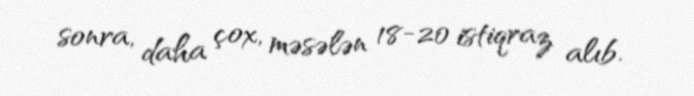
sonra, daha çox, məsələn 18-20 istiqraz alıb.